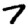
Digit: 7